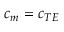
c _ { m } = c _ { T E }